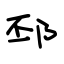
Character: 邳